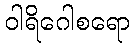
ဝါရိဂေါစရော